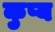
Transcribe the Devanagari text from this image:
कुप्य